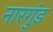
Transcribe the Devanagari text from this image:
नारगुंड